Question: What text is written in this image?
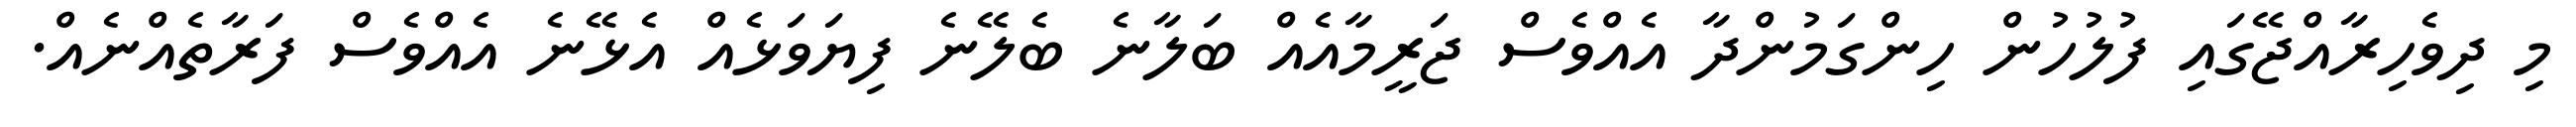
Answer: މި ދިވެހިރާއްޖޭގައި ފުލުހުން ހިންގަމުންދާ އެއްވެސް ޖަރީމާއެއް ބަލާނެ ބެލޭނެ ފިޔަވަޅެއް އެޅޭނެ އެއްވެސް ފަރާތެއްނެއް.